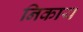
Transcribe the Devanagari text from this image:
निकाय